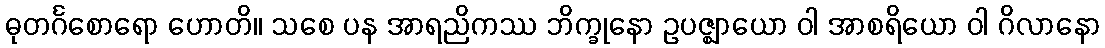
ဓုတင်္ဂစောရော ဟောတိ။ သစေ ပန အာရညိကဿ ဘိက္ခုနော ဥပဇ္ဈာယော ဝါ အာစရိယော ဝါ ဂိလာနော